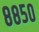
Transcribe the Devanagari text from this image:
८८५०